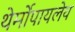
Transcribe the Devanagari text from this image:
थेर्मोपायलेय